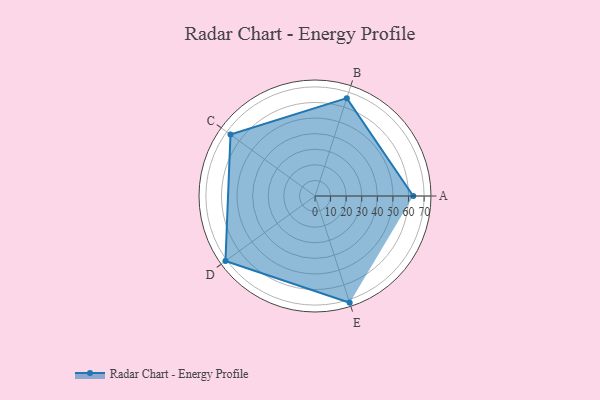
{"axis": {"x": "Skill", "y": "Score"}, "legend": ["Profile"], "data": [{"x": "A", "y": 63.0, "type": "Profile"}, {"x": "B", "y": 66.0, "type": "Profile"}, {"x": "C", "y": 67.0, "type": "Profile"}, {"x": "D", "y": 71.0, "type": "Profile"}, {"x": "E", "y": 72.0, "type": "Profile"}]}